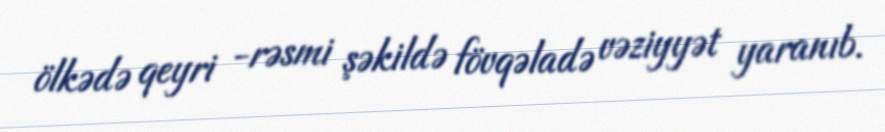
ölkədə qeyri -rəsmi şəkildə fövqəladə vəziyyət yaranıb.